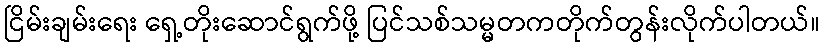
ငြိမ်းချမ်းရေး ရှေ့တိုးဆောင်ရွက်ဖို့ ပြင်သစ်သမ္မတကတိုက်တွန်းလိုက်ပါတယ်။